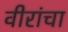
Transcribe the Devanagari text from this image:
वीरांचा